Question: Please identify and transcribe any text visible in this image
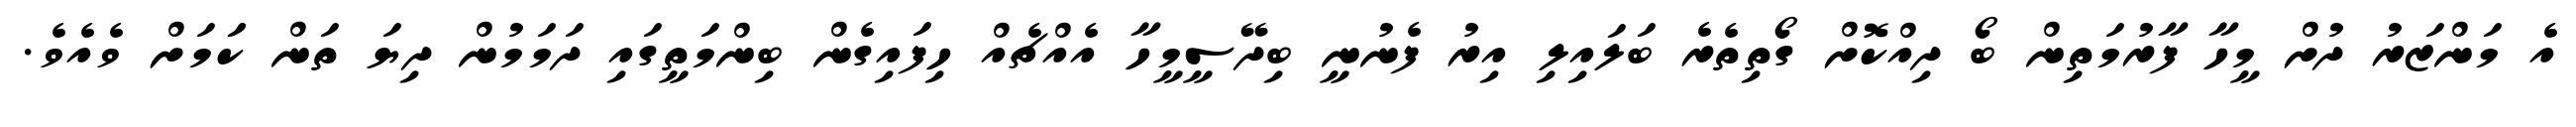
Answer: އެ މަންޒަރު ދުށް މީހާ ފާރުމަތިން ބޯ ދިއްކޮށް ގޯތިތެރެ ބަލައިލި އިރު ފެނުނީ ބިދޭސީމީހާ އެއްޗެއް ހިފައިގެން ބިންމަތީގައި ދަމަމުން ދިޔަ ތަން ކަަމަށް ވެއެވެ.